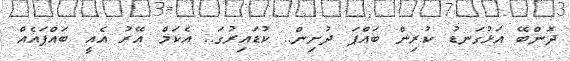
ދޮންބޭ އަޅުގަނޑު ކުރިން ބައްޕަ ދުށިން.. ކުޑައިރުގަ.. އެކަމް އޭރު އެއީ ބައްޕައެއް